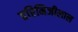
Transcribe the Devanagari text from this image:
हरिमिजीलाल